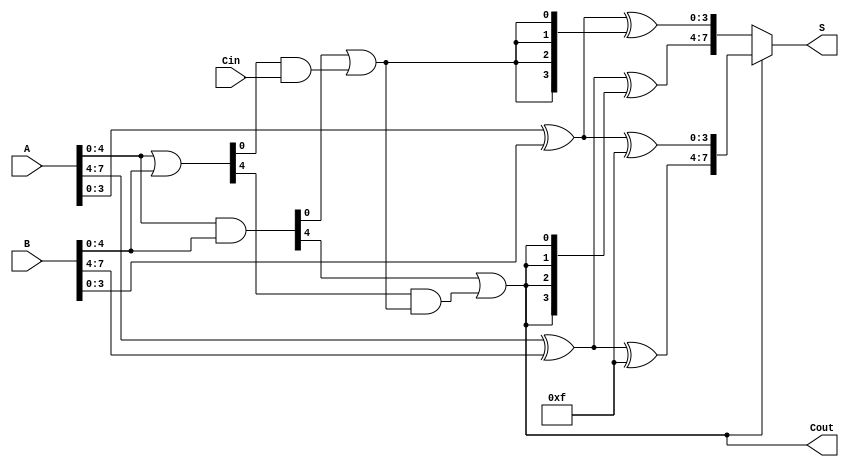
module CarrySelectAdder #(parameter N = 8) (
    input [N-1:0] A,      // First n-bit input
    input [N-1:0] B,      // Second n-bit input
    input Cin,            // Carry-in
    output [N-1:0] S,     // Sum output
    output Cout           // Carry-out
);

    // Internal signals
    wire [N-1:0] G;       // Generate signals
    wire [N-1:0] P;       // Propagate signals
    wire [N/4:0] C;       // Carry signals for each segment
    wire [N-1:0] S0;      // Sum assuming carry-in = 0
    wire [N-1:0] S1;      // Sum assuming carry-in = 1

    // Generate and propagate signals
    assign G = A & B;     // Generate
    assign P = A | B;     // Propagate

    // Carry generation for segments
    genvar i;
    generate
        for (i = 0; i < N/4; i = i + 1) begin : segment
            // Carry for segment i
            if (i == 0) begin
                assign C[i] = G[i*4] | (P[i*4] & Cin);
            end else begin
                assign C[i] = G[i*4] | (P[i*4] & C[i-1]);
            end
            
            // Sum calculations assuming carry-in = 0
            assign S0[i*4 +: 4] = (A[i*4 +: 4] ^ B[i*4 +: 4]) ^ {C[i], C[i], C[i], C[i]};
            // Sum calculations assuming carry-in = 1
            assign S1[i*4 +: 4] = (A[i*4 +: 4] ^ B[i*4 +: 4]) ^ {1'b1, 1'b1, 1'b1, 1'b1};
        end
    endgenerate

    // Final sum and carry-out selection
    assign S = (C[N/4-1] ? S1 : S0);
    assign Cout = C[N/4-1];

endmodule